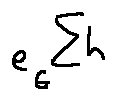
e _ { G } ^ { \sum h }